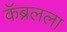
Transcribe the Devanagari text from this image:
कॅब्रलला